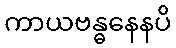
ကာယဗန္ဓနေနပိ